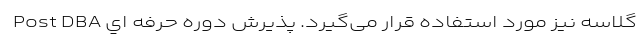
گلاسه نیز مورد استفاده قرار می‌گیرد. پذيرش دوره حرفه اي Post DBA